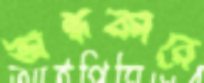
অন্ধকারে